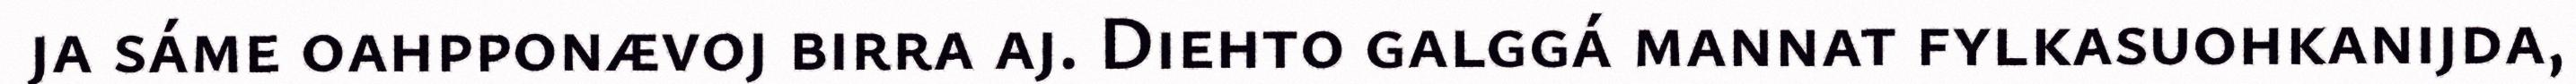
ja sáme oahpponævoj birra aj. Diehto galggá mannat fylkasuohkanijda,